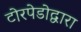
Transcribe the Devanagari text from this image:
टोरपेडोद्वारा